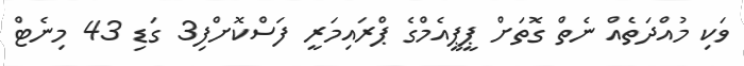
ވަކި މުއްދަތެއް ނެތް ގޮތަށް ޕީޕީއެމްގެ ޕްރައިމަރީ ފަސްކޮށްފި3 ގަޑި 43 މިނެޓް